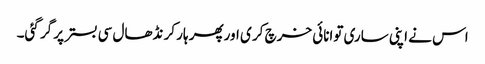
اس نے اپنی ساری توانائی خرچ کر ی اورپھر ہار کر نڈھال سی بستر پر گر گئی۔